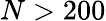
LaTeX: N>200